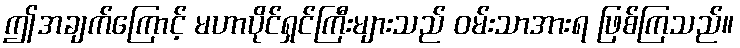
ဤအချက်ကြောင့် မဟာပိုင်ရှင်ကြီးများသည် ဝမ်းသာအားရ ဖြစ်ကြသည်။